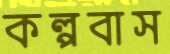
কল্পবাস